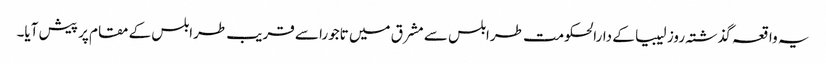
یہ واقعہ گذشتہ روز لیبیا کے دارالحکومت طرابلس سے مشرق میں تاجورا سے قریب طرابلس کے مقام پر پیش آیا۔